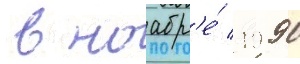
 в ноабр'е́ 1990